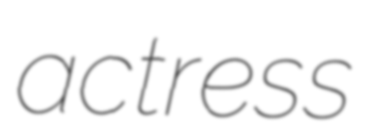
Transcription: actress